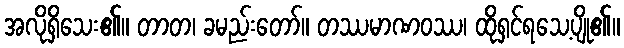
အလိုရှိသေး၏။ တာတ၊ ခမည်းတော်။ တဿမာဏဝဿ၊ ထိုရှင်ရသေ့ပျို၏။